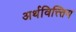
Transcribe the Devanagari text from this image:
अर्थवित्त्तिय